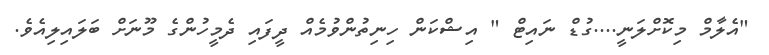
"އެލާމް މިކޮށްލަނީ....ގުޑް ނައިޓް " އިޝްކަން ހިނިތުންވުމެއް ދީފައި ދެމީހުންގެ މޫނަށް ބަލައިލިއެވެ.